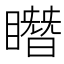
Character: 䁮